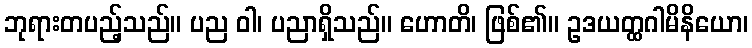
ဘုရားတပည့်သည်။ ပည ဝါ၊ ပညာရှိသည်။ ဟောတိ၊ ဖြစ်၏။ ဥဒယတ္ထဂါမိနိယော၊